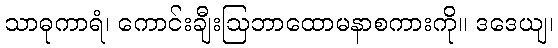
သာဓုကာရံ၊ ကောင်းချီးဩဘာထောမနာစကားကို။ ဒဒေယျ၊